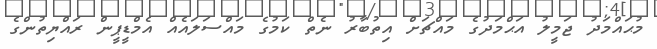
މުޙައްމަދު ޖަމީލު އަޙްމަދުގެ މައްޗަށް އިތުބާރު ނެތް ކަމުގެ މައްސަލައެއް އެމްޑީޕީން ރައްޔިތުންގެ